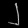
Digit: ၂